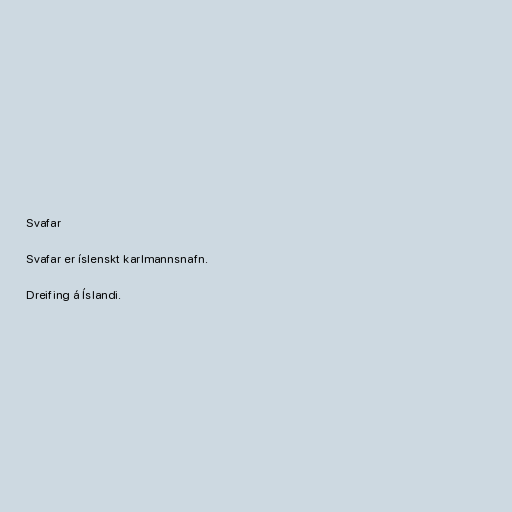
Svafar

Svafar er íslenskt karlmannsnafn.

Dreifing á Íslandi.